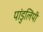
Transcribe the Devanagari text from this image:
पांडुलिपी